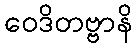
ဝေဒိတဗ္ဗာနိ